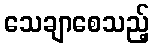
သေချာစေသည့်